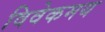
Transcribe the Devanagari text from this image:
विवेकमय